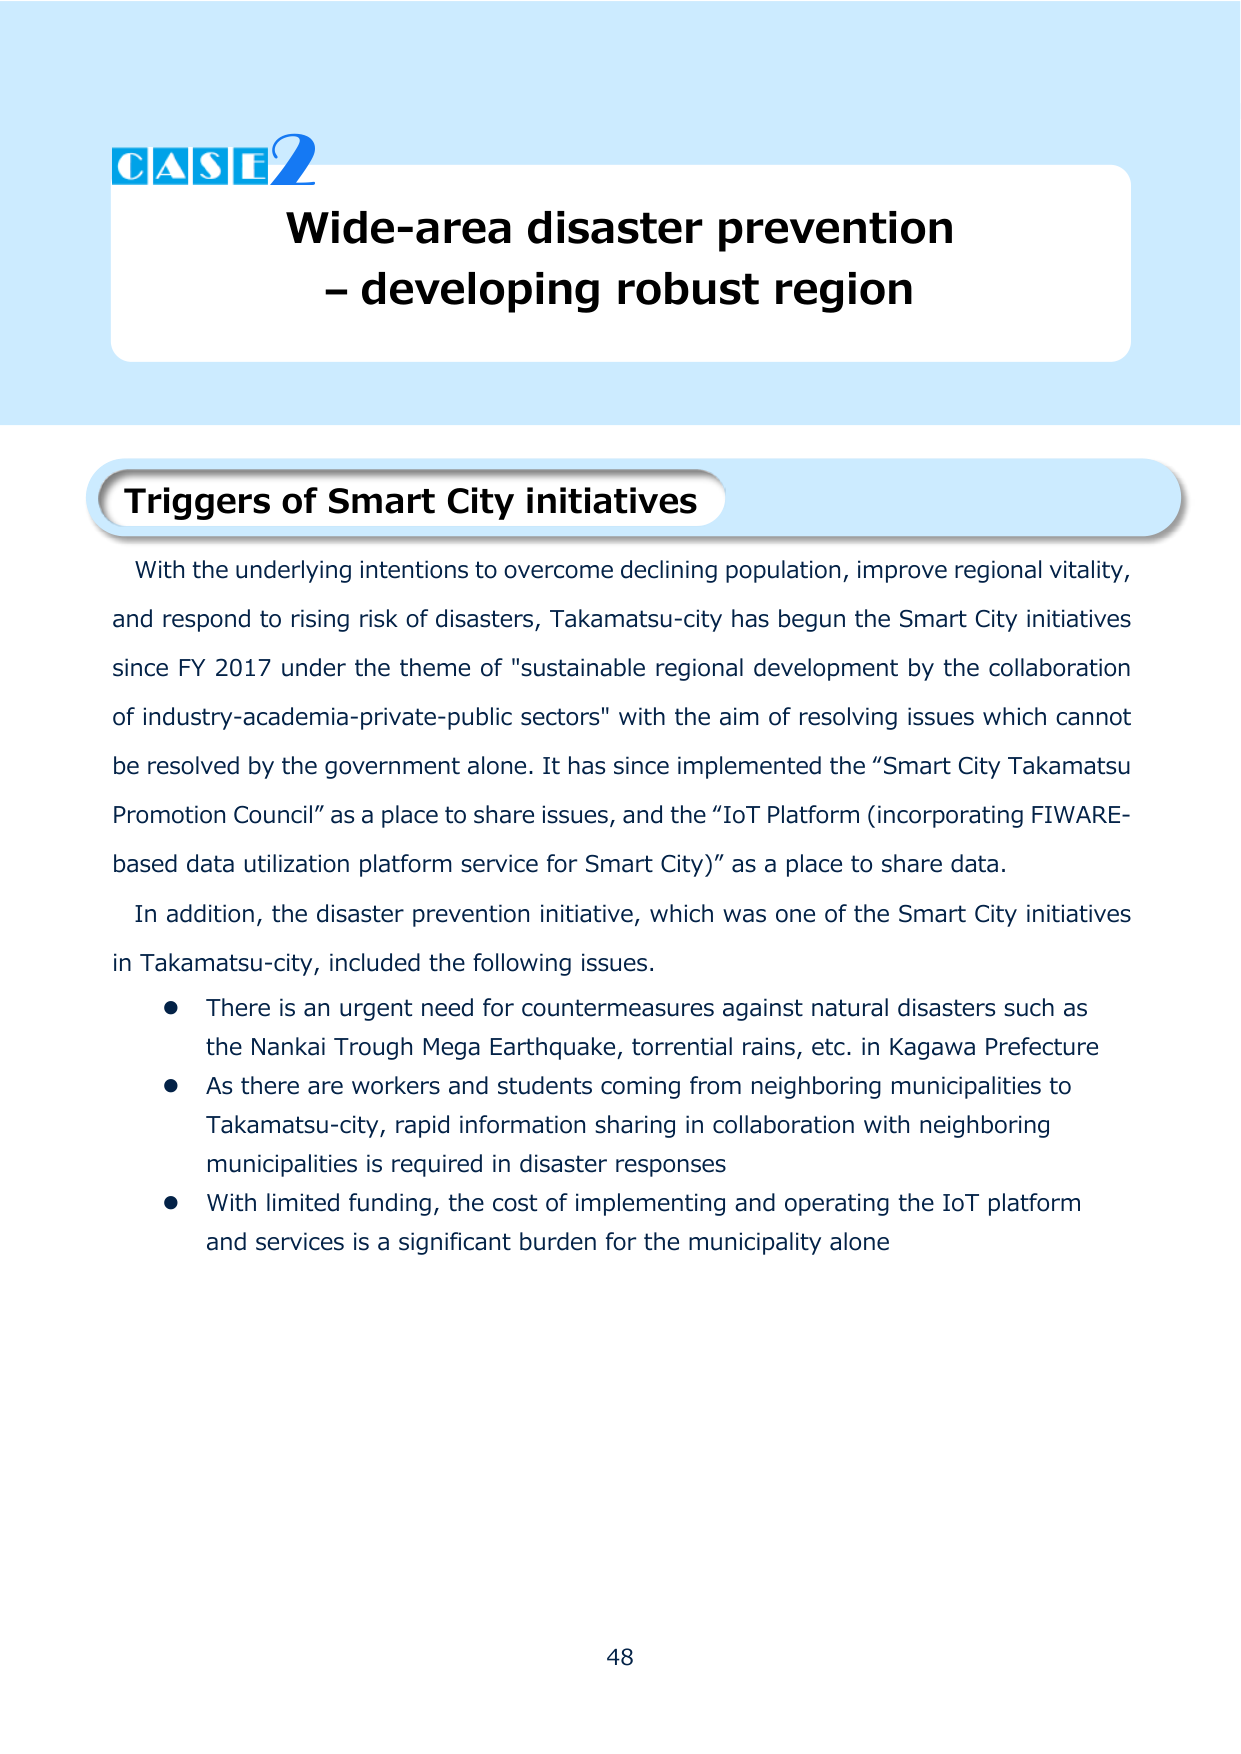
CASE 2
Wide-area disaster prevention
– developing robust region

Triggers of Smart City initiatives

With the underlying intentions to overcome declining population, improve regional vitality, and respond to rising risk of disasters, Takamatsu-city has begun the Smart City initiatives since FY 2017 under the theme of "sustainable regional development by the collaboration of industry-academia-private-public sectors" with the aim of resolving issues which cannot be resolved by the government alone. It has since implemented the “Smart City Takamatsu Promotion Council” as a place to share issues, and the “IoT Platform (incorporating FIWARE-based data utilization platform service for Smart City)” as a place to share data.

In addition, the disaster prevention initiative, which was one of the Smart City initiatives in Takamatsu-city, included the following issues.
● There is an urgent need for countermeasures against natural disasters such as the Nankai Trough Mega Earthquake, torrential rains, etc. in Kagawa Prefecture
● As there are workers and students coming from neighboring municipalities to Takamatsu-city, rapid information sharing in collaboration with neighboring municipalities is required in disaster responses
● With limited funding, the cost of implementing and operating the IoT platform and services is a significant burden for the municipality alone

48